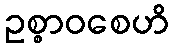
ဥစ္စာဝစေဟိ